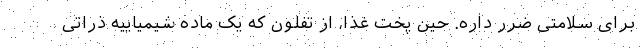
برای سلامتی ضرر داره. حین پخت غذا، از تفلون که یک ماده شیمیاییه ذراتی